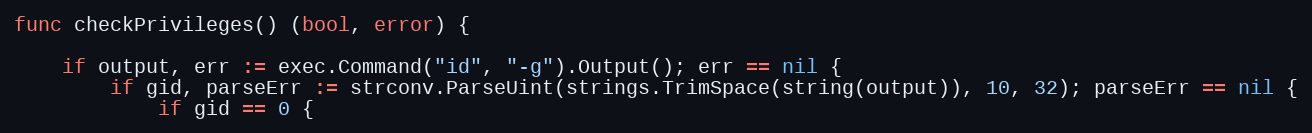
Language: Go
func checkPrivileges() (bool, error) {

	if output, err := exec.Command("id", "-g").Output(); err == nil {
		if gid, parseErr := strconv.ParseUint(strings.TrimSpace(string(output)), 10, 32); parseErr == nil {
			if gid == 0 {